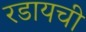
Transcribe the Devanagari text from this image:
रडायची